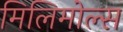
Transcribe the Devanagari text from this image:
मिलिमोल्स